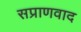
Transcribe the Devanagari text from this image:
सप्राणवाद